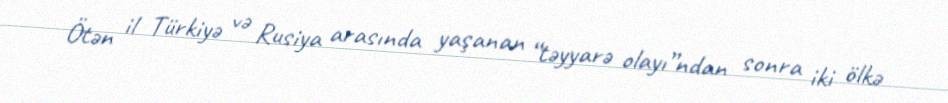
Ötən il Türkiyə və Rusiya arasında yaşanan “təyyarə olayı”ndan sonra iki ölkə